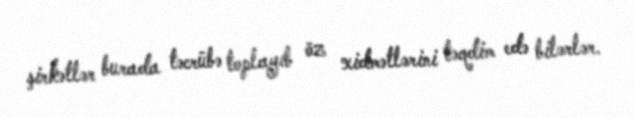
şirkətlər burada təcrübə toplayıb öz xidmətlərini təqdim edə bilərlər.